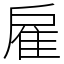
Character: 雇